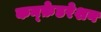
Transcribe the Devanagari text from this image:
कन्फ़ेडरेशन